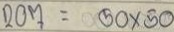
207 = 50 x 50